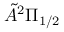
\tilde { A } ^ { 2 } \Pi _ { 1 / 2 }